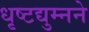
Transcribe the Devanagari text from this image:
धृष्टद्युम्नने